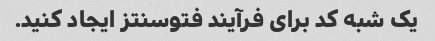
یک شبه کد برای فرآیند فتوسنتز ایجاد کنید.